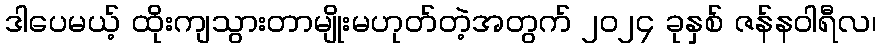
ဒါပေမယ့် ထိုးကျသွားတာမျိုးမဟုတ်တဲ့အတွက် ၂၀၂၄ ခုနှစ် ဇန်နဝါရီလ၊